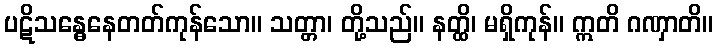
ပဋိသန္ဓေနေတတ်ကုန်သော။ သတ္တာ၊ တို့သည်။ နတ္ထိ၊ မရှိကုန်။ ဣတိ ဂဏှာတိ။